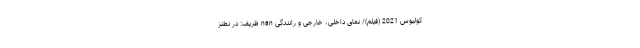
کولیوس 2021 (فیلم)/ نمای داخلی، خارجی و رانندگی nan ظریف: در نطنز